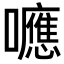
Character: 𡄖